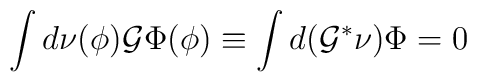
\int d\nu(\phi) {\cal G}\Phi(\phi)\equiv \int d({\cal G}^{*}\nu)\Phi=0